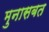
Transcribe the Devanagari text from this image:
मुनासबत